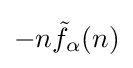
-n{\tilde {f}}_{\alpha }(n)